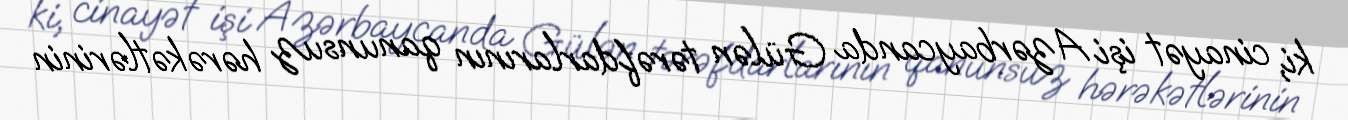
ki, cinayət işi Azərbaycanda Gülən tərəfdarlarının qanunsuz hərəkətlərinin